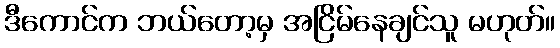
ဒီကောင်က ဘယ်တော့မှ အငြိမ်နေချင်သူ မဟုတ်။